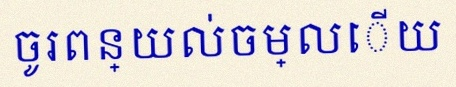
ចូរពន្យល់ចម្លើយ